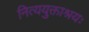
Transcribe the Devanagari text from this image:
नित्ययुक्ताश्रयः